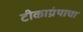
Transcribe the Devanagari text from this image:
टीकाग्रंथाचा